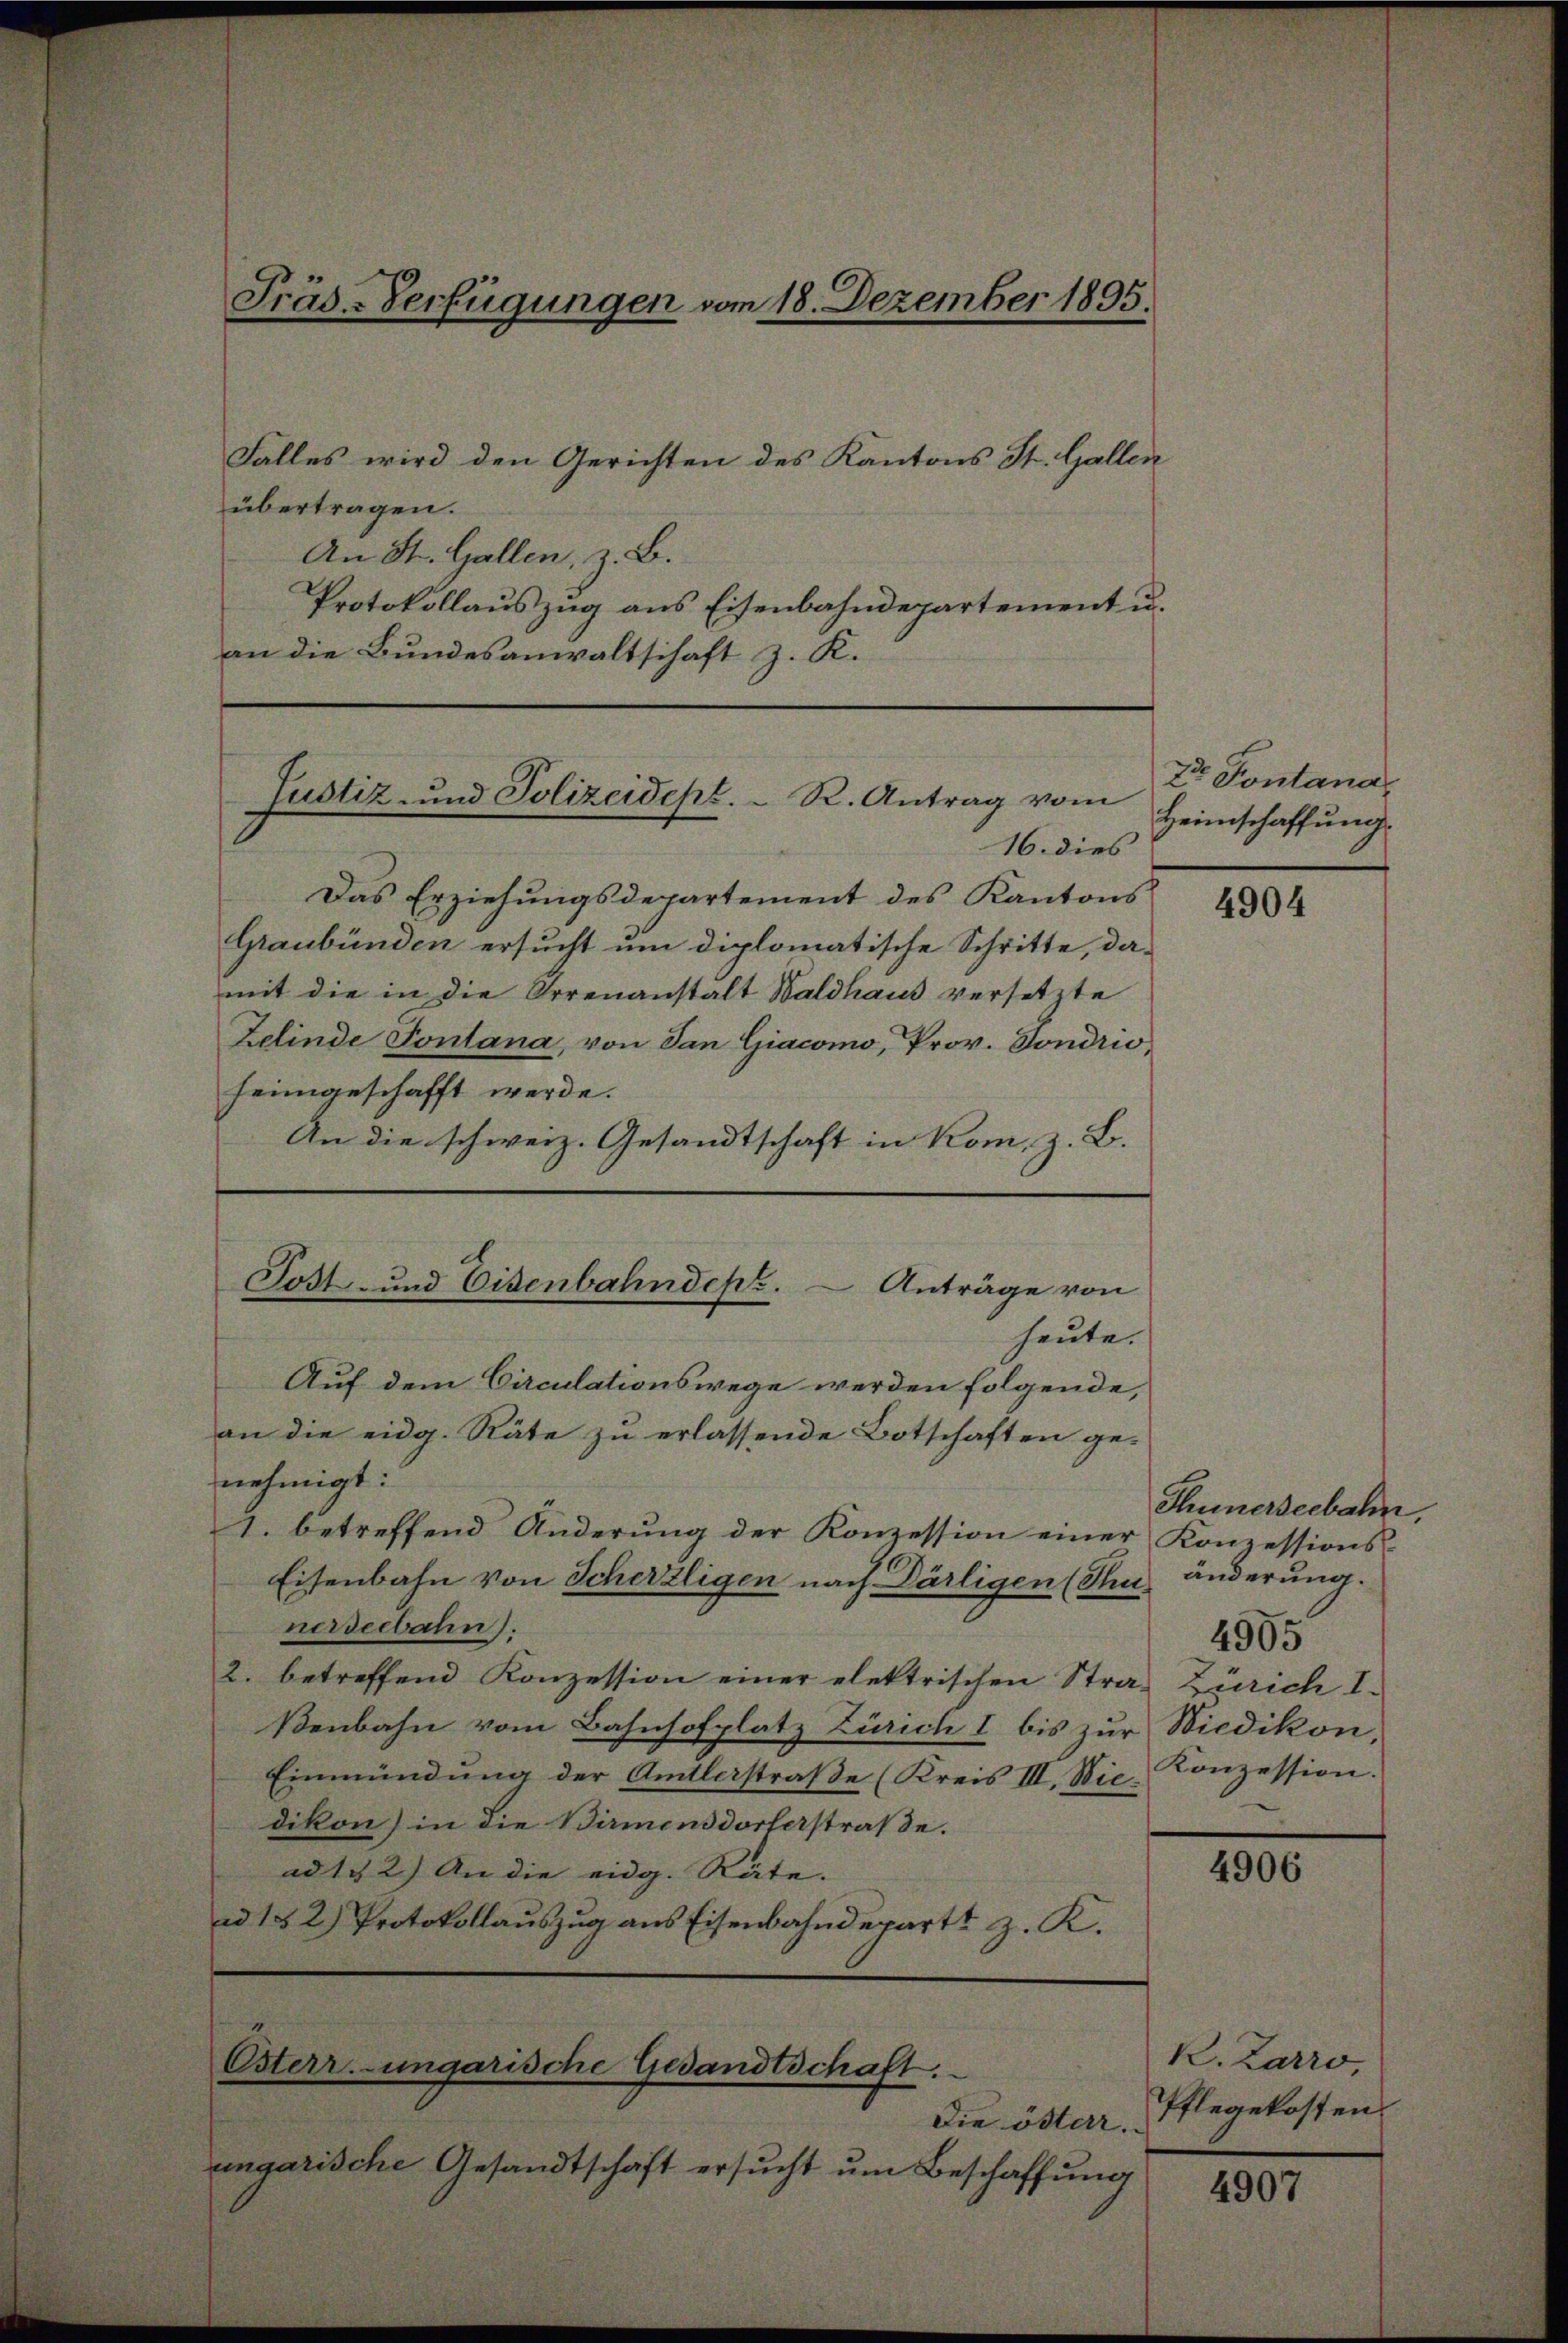
Falles wird den Gerichten des Kantons St. Gallen
übertragen.
An St. Gallen, z. B.
Protokollauszug aus Eisenbahndepartement u.
an die Bundesanwaltschaft z. K.

Fräs-Verfügungen vom 18. Dezember 1895.

An die schweiz. Gesandtschaft in Kom, z. B.

Justiz- und Polizeidept. R. Antrag vom

16. dies
Das Erziehungsdepartement des Kantons
Graubünden ersucht um diplomatische Schritte, da-
mit die in die Orrenanstalt Waldhaus versetzte
Zelinde Pontana, von San Giacomo, Prov. Sondrio,
heimgeschafft werde.
Auf dem Circulationswege werden folgende,
an die eidg. Räte zu erlassende Botschaften ge-
nehmigt.
1. betreffend Änderung der Konzession einer Konzessions¬
Eisenbahn von Scherzligen nach Därligen (Su
nerseebahn.
2. betreffend Konzession einer elektrischen Straf Zürich I.
ßenbahn vom Bahnhofplatz Zürich I bis zur Wiedikon,
Einmündŭng der Amtlerstraβe (Kreis III. Wie Conzession.
dikon) in die Birmensdorferstraße.
ad 1. 2.) An die eidg. Räte.
ad 152) Protokollauszug aus Eisenbahndepart z. K.

d
Tost- und Eisenbahndept.  Anträge von
heute.

Esterr.-ungarische Gedandtschaft.

Die öster.
ungarische Gesandtschaft ersucht um Beschaffung

Dr. Pontana
Heimschaffung

4904

Thunerseebahn,
änderung.
4905

4906

K. Zarro,
Pflegekosten.

4907